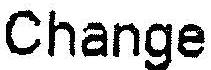
CHANGE